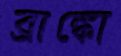
ব্রাঙ্কো